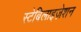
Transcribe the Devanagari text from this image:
स्टेबिलाइज़ेशन